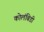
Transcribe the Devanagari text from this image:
कोलंबिडी